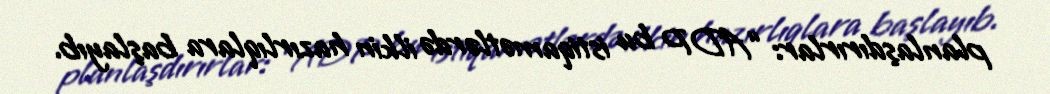
planlaşdırırlar: “ADP bu istiqamətlərdə ilkin hazırlıqlara başlayıb.